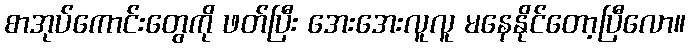
စာအုပ်ကောင်းတွေကို ဖတ်ပြီး အေးအေးလူလူ မနေနိုင်တော့ပြီလော။